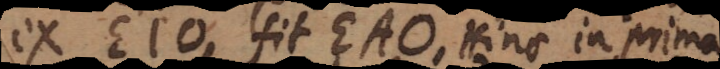
ex EIO fit EAO. Hinc in prima